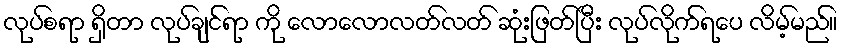
လုပ်စရာ ရှိတာ လုပ်ချင်ရာ ကို လောလောလတ်လတ် ဆုံးဖြတ်ပြီး လုပ်လိုက်ရပေ လိမ့်မည်။